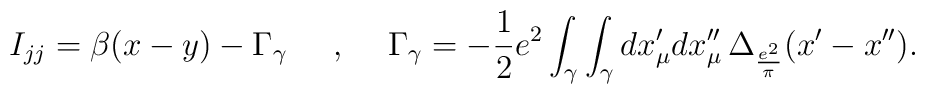
I_{jj}=\beta(x-y)- \Gamma_\gamma \makebox[.5in]{,}\Gamma_\gamma=-\frac{1}{2}e^2\int_\gamma \int_\gamma dx'_\mu dx''_\mu\, \Delta_{\frac{e^2}{\pi}}(x'-x'').